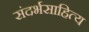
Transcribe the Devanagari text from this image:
संदर्भसाहित्य